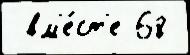
 вм'е́ст'е 68